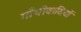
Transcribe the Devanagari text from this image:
गाँधीवादियों